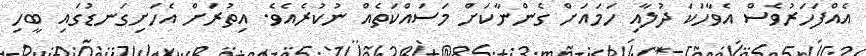
އެއްފަހަރުވެސް އެވާހަކަ ދުލާއި ހަމައަށް ގެންނާކަށް މަސައްކަތެއް ނުކުރެއެވެ. އިތުރަށް އެހަށިގަނޑުގައި ބީހި